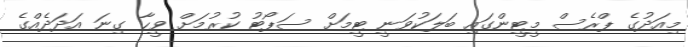
މިއަދުގެ ޕްރެސް މީޓީންގައި ބަލަކުވަނީ ޓީމަށް ސަޕޯޓު ކުރުމަށް ވީހާ ގިނަ އަދަދެއްގެ